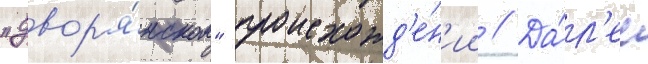
"двор'я́нском" происхожд'е́н'ии // Да́л'ее